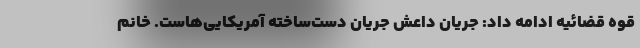
قوه قضائیه ادامه داد: جریان داعش جریان دست‌ساخته آمریکایی‌هاست. خانم